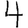
Digit: 4